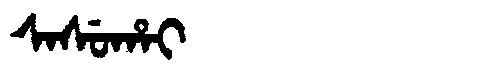
Manchu: ᠰᠠᠰᡠᡥᠠᡳ
Romanization: SASUHAI